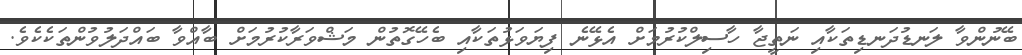
ބޭނުންވާ ލަނޑުދަނޑިތަކާއި ނަތީޖާ ހާސިލްކުރުމަށް އެޅޭނެ ފިޔަވަޅުތަކާއި ބެހޭގޮތުން މަޝްވަރާކުރުމަށް ބާއްވާ ބައްދަލުވުންތަކެކެވެ.